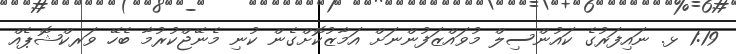
1:19 ޅ. ނައިފަރުގެ ކައުންސިލް މުވައްޒަފުންނަށް އަމާޒުކޮށްގެން ކުނި މެނޭޖްކުރުމާ ބެހޭ ވަރކްޝޮޕެއް